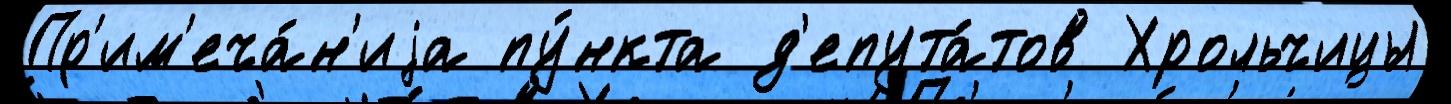
Пр'им'еча́н'иjа пу́нкта д'епута́тов Хрольчицы